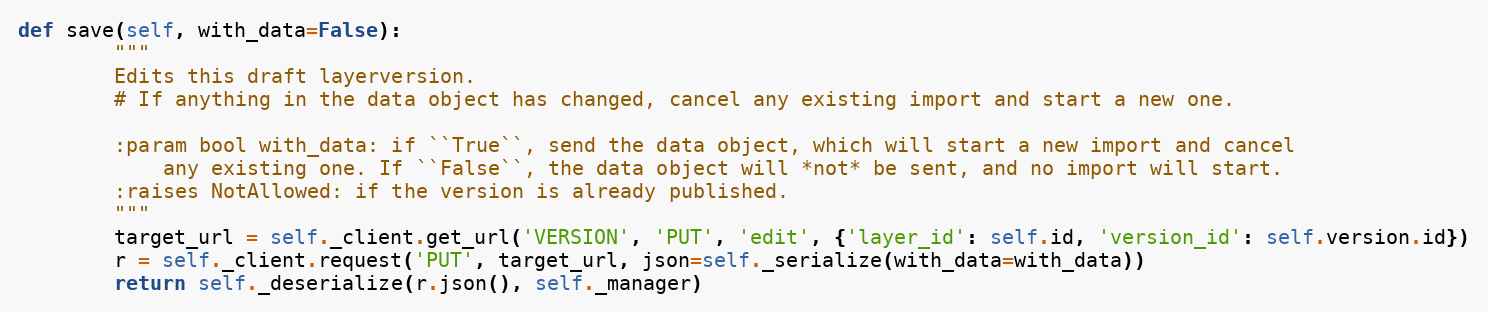
Language: Python
def save(self, with_data=False):
        """
        Edits this draft layerversion.
        # If anything in the data object has changed, cancel any existing import and start a new one.

        :param bool with_data: if ``True``, send the data object, which will start a new import and cancel
            any existing one. If ``False``, the data object will *not* be sent, and no import will start.
        :raises NotAllowed: if the version is already published.
        """
        target_url = self._client.get_url('VERSION', 'PUT', 'edit', {'layer_id': self.id, 'version_id': self.version.id})
        r = self._client.request('PUT', target_url, json=self._serialize(with_data=with_data))
        return self._deserialize(r.json(), self._manager)